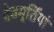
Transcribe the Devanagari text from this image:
देवमूर्तियां